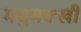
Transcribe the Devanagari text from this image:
मघुमक्खी